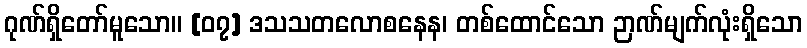
ဂုဏ်ရှိတော်မူသော။ [၀၇] ဒသသတလောစနေန၊ တစ်ထောင်သော ဉာဏ်မျက်လုံးရှိသော